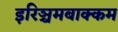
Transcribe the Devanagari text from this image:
इरिञ्चमबाक्कम